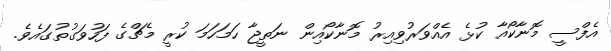
އެފްސީ މޮނާކޯއާ ކުޅެ އެއްވަރުވިއިރު މޮނާކޯއިން ނަތީޖާ ހަމަހަމަ ކުރީ މެޗްގެ ފަހުވަގުތުގައެވެ.